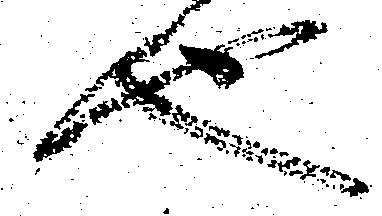
也